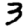
Digit: 3